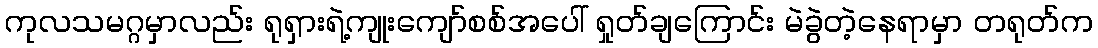
ကုလသမဂ္ဂမှာလည်း ရုရှားရဲ့ကျုးကျော်စစ်အပေါ် ရှုတ်ချကြောင်း မဲခွဲတဲ့နေရာမှာ တရုတ်က